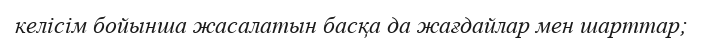
келісім бойынша жасалатын басқа да жағдайлар мен шарттар;